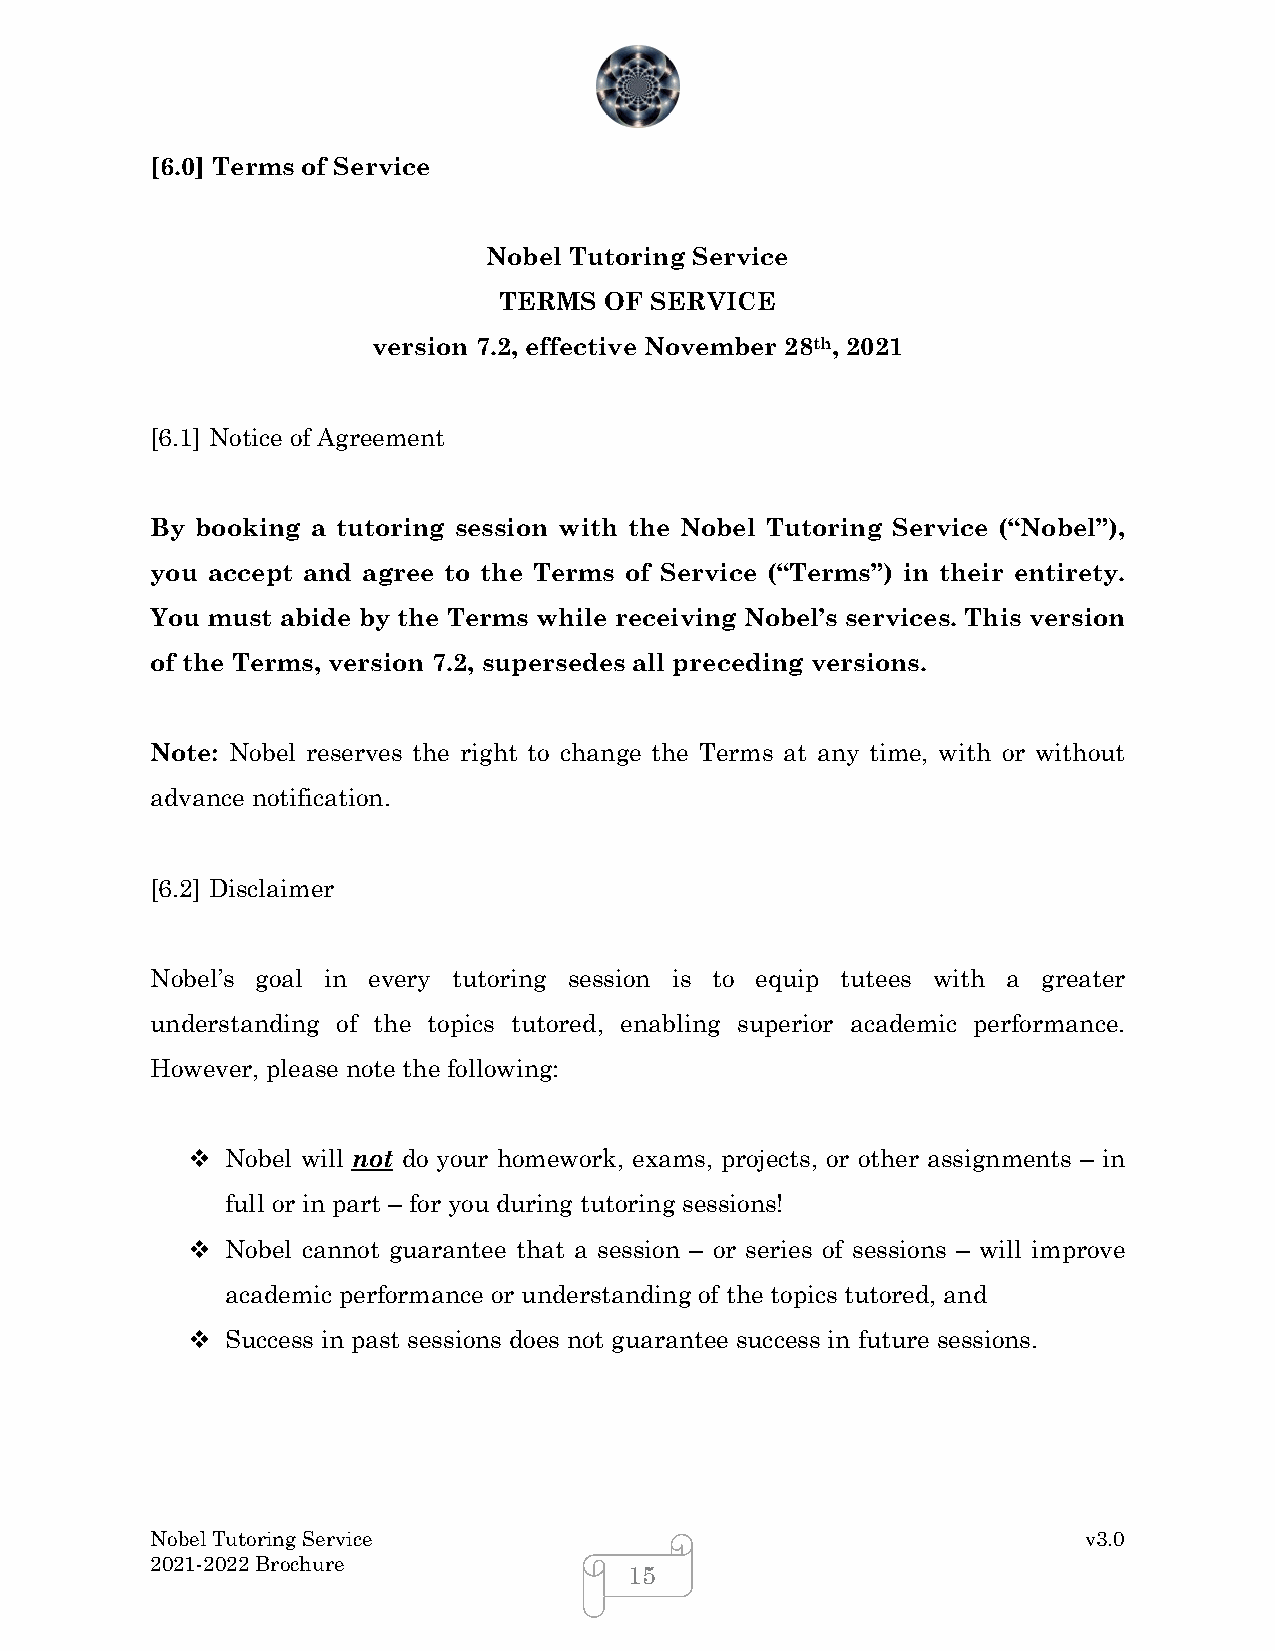
[6.0] Terms of Service
 Nobel Tutoring Service
 TERMS  OF SERVICE
 version 7.2, effective November 28th, 2021
 [6.1] Notice of Agreement
 By booking a tutoring session with the Nobel Tutoring Service (“Nobel”),
 you accept and agree to the Terms of Service (“Terms”) in their entirety.
 You must abide by the Terms while receiving Nobel’s services. This version
 of the Terms, version 7.2, supersedes all preceding versions.
 Note: Nobel reserves the right to change the Terms at any time, with or without
 advance notification.
 [6.2] Disclaimer
 Nobel’s goal in every tutoring session is to equip tutees with a greater
 understanding of the topics tutored, enabling superior academic performance.
 However, please note the following:
   Nobel will not do your homework, exams, projects, or other assignments – in
 full or in part – for you during tutoring sessions!
   Nobel cannot guarantee that a session – or series of sessions – will improve
 academic performance or understanding of the topics tutored, and
   Success in past sessions does not guarantee success in future sessions.
 Nobel Tutoring Service                                        v3.0
 2021-2022 Brochure
 15